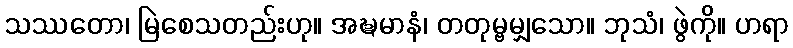
သဿတော၊ မြဲစေသတည်းဟု။ အဍ္ဎမာနံ၊ တတုမ္ဗမျှသော။ ဘုသံ၊ ဖွဲကို။ ဟရာ